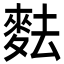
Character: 麮